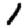
Digit: 1